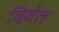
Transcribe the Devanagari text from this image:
दियेल